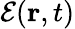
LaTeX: \mathcal{E}(\mathbf{r},t)